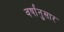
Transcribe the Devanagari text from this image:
वर्षांनुसार